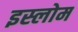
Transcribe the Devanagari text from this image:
इस्लोम